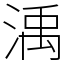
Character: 渪